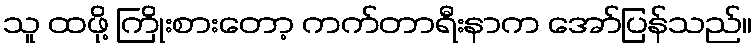
သူ ထဖို့ ကြိုးစားတော့ ကက်တာရီးနာက အော်ပြန်သည်။